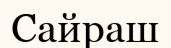
Сайраш